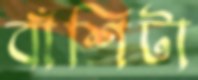
বাঁশিটা